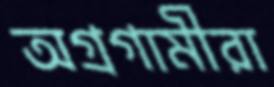
অগ্রগামীরা